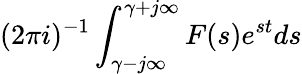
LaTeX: (2\pi i)^{-1}\int_{\gamma-j\infty}^{\gamma+j\infty}F(s)e^{st}ds